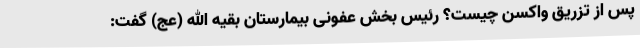
پس از تزریق واکسن چیست؟ رئیس بخش عفونی بیمارستان بقیه الله (عج) گفت: